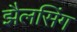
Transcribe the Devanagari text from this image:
झैलसिंग